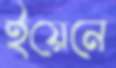
ইয়েনে